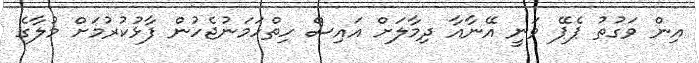
އިން ވަގުތު ޕެޕޭ ވަނީ އޭނާއާ ދިމާލަށް އައިސް ހިތްހަމަނުޖެހުން ފާޅުކުރުމަށް މުލާގެ